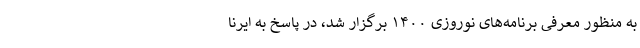
به منظور معرفی برنامه‌های نوروزی ۱۴۰۰ برگزار شد، در پاسخ به ایرنا